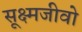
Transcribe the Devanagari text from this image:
सूक्ष्मजीवो